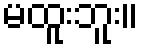
မထူးဘူး။